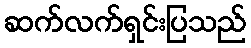
ဆက်လက်ရှင်းပြသည်